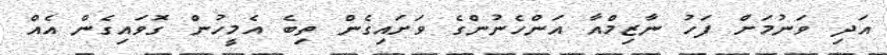
އަދި ވަނުމަށް ފަހު ނާޒިމްއާ އަންހެނުންގެ ވަށައިގެން ތިބެ އެމީހުން ގޮވައިގެން އެއް